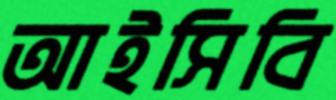
আইসিবি